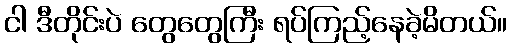
ငါ ဒီတိုင်းပဲ တွေတွေကြီး ရပ်ကြည့်နေခဲ့မိတယ်။